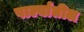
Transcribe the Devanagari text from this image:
पार्ल्यातील